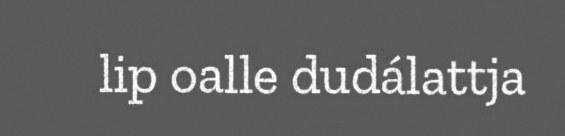
lip oalle dudálattja